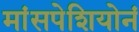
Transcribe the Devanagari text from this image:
मांसपेशियोनं